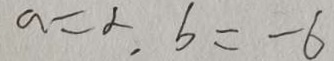
a = 2 , b = - 6